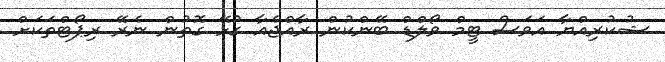
ޝުކުރިއްޔާ އަވަސް ޓީމް ވޯލްޑް ބޭންކުން ރާއްޖެއާ ގުޅޭ ގޮތުން ނެރޭ ރިޕޯޓްތަކަށް